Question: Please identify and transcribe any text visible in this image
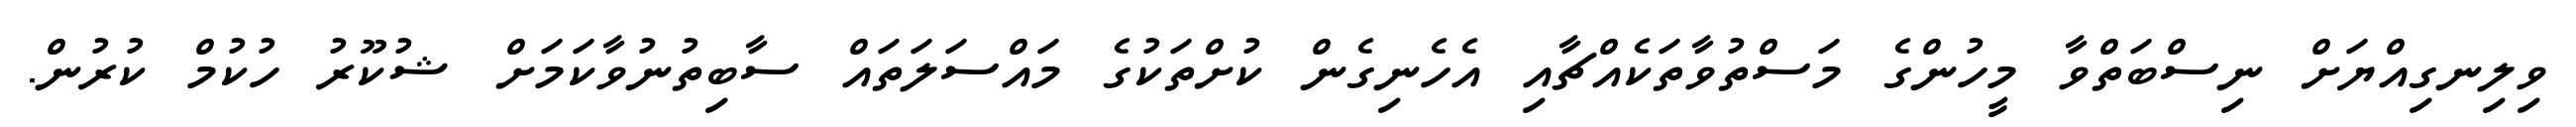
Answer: ވިލިނގިއްޔަށް ނިސްބަތްވާ މީހުންގެ މަސްތުވާތަކެއްޗާއި އެހެނިގެން ކުށްތަކުގެ މައްސަލަތައް ސާބިތުނުވާކަމަށް ޝުކޫރު ހުކުމް ކުރުން.